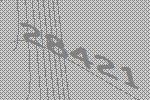
28421